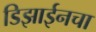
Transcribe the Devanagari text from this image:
डिझाईनचा